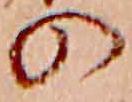
の